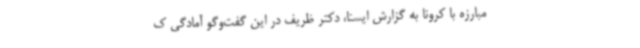
مبارزه با کرونا به گزارش ایسنا، دکتر ظریف در این گفت‌وگو آمادگی ک